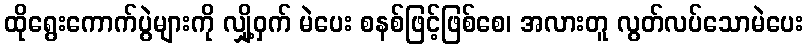
ထိုရွေးကောက်ပွဲများကို လျှို့ဝှက် မဲပေး စနစ်ဖြင့်ဖြစ်စေ၊ အလားတူ လွတ်လပ်သောမဲပေး